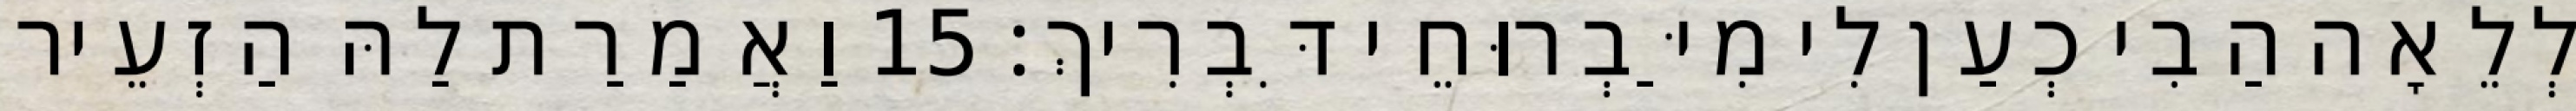
לְלֵאָה הַבִי כְעַן לִי מִיַּבְרוּחֵי דִּבְרִיךְ׃ 15 וַאֲמַרַת לַהּ הַזְעֵיר